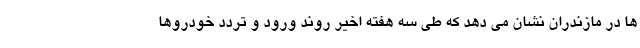
ها در مازندران نشان می دهد که طی سه هفته اخیر روند ورود و تردد خودروها